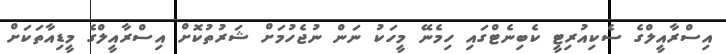
އިސްރާއީލްގެ ސެކިއުރިޓީ ކެބިނެޓްގައި ހިމެނޭ މީހަކު ނަން ނުޖެހުމަށް ޝަރުތުކޮށް އިސްރާއީލްގެ މީޑިއާތަކަށް